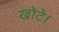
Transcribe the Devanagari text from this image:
खोटे।